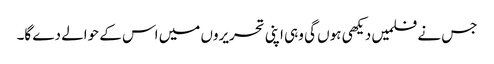
جس نے فلمیں دیکھی ہوں گی وہی اپنی تحریروں میں اس کے حوالے دے گا۔